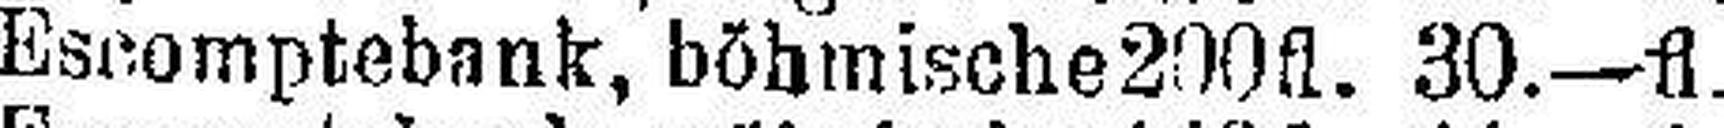
Escomptebank, böhmische 200fl. 30.—fl.